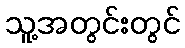
သူ့အတွင်းတွင်